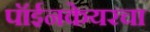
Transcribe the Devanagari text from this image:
पॉईनकेयरचा